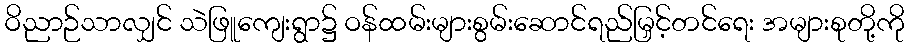
ဝိညာဉ်သာလျှင် သဲဖြူကျေးရွာ၌ ဝန်ထမ်းများစွမ်းဆောင်ရည်မြှင့်တင်ရေး အများစုတို့ကို